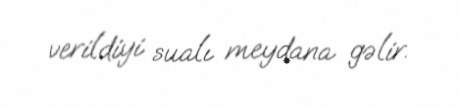
verildiyi sualı meydana gəlir.